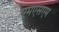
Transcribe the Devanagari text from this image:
एमएसएम